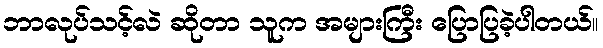
ဘာလုပ်သင့်လဲ ဆိုတာ သူက အများကြီး ပြောပြခဲ့ပါတယ်။